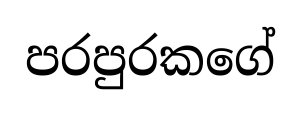
පරපුරකගේ